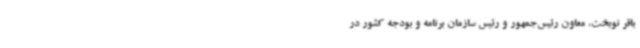
باقر نوبخت، معاون رئیس‌جمهور و رئیس سازمان برنامه و بودجه کشور در